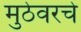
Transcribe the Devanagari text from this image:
मुठेवरचे